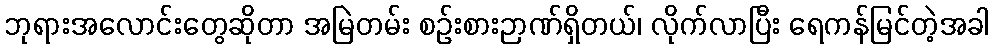
ဘုရားအလောင်းတွေဆိုတာ အမြဲတမ်း စဉ်းစားဉာဏ်ရှိတယ်၊ လိုက်လာပြီး ရေကန်မြင်တဲ့အခါ